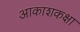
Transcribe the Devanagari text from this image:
आकाशकक्षा